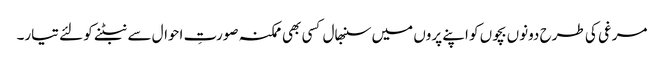
مرغی کی طرح دونوں بچوں کو اپنے پروں میں سنبھال کسی بھی ممکنہ صورتِ احوال سے نبٹنے کو لئے تیار۔